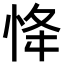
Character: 𢘸